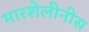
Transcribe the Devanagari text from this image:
मारशेलीनीस